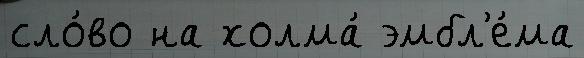
сло́во на холма́ эмбл'е́ма